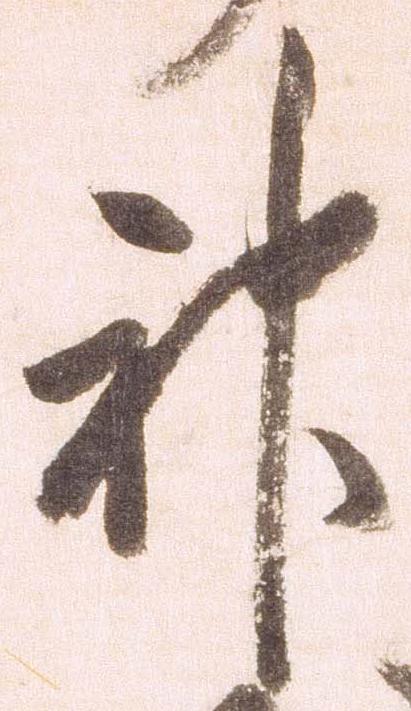
神